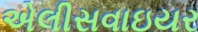
એલીસવાઇયર